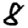
Digit: 8